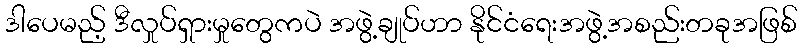
ဒါပေမည့် ဒီလှုပ်ရှားမှုတွေကပဲ အဖွဲ့ချုပ်ဟာ နိုင်ငံရေးအဖွဲ့အစည်းတခုအဖြစ်